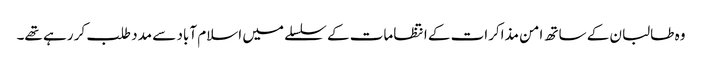
وہ طالبان کے ساتھ امن مذاکرات کے انتظامات کے سلسلے میں اسلام آباد سے مدد طلب کر رہے تھے۔